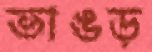
ভাঙড়